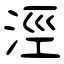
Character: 涇